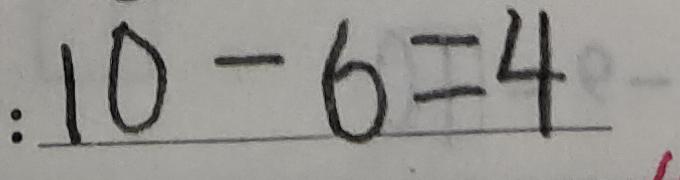
1 0 - 6 = 4